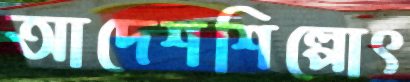
আদেশশিল্পোৎ